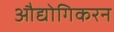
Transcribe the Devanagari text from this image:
औद्योगिकरन